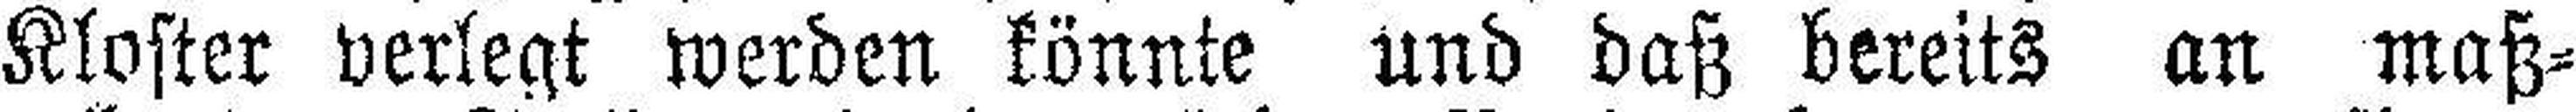
Kloster verlegt werden könnte und daß bereits an maß¬